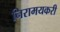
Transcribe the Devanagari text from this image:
निरामयकरी